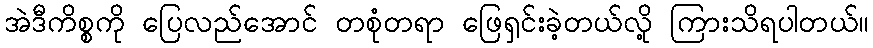
အဲဒီကိစ္စကို ပြေလည်အောင် တစုံတရာ ဖြေရှင်းခဲ့တယ်လို့ ကြားသိရပါတယ်။